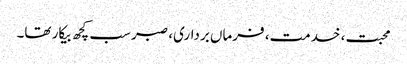
محبت، خدمت، فرماں برداری، صبر سب کچھ بیکار تھا۔